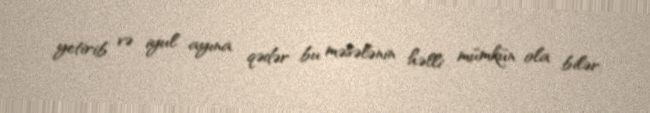
yetirib və iyul ayına qədər bu məsələnin həlli mümkün ola bilər.